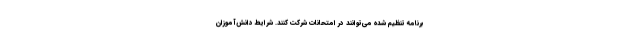
برنامه تنظیم شده می‌توانند در امتحانات شرکت کنند. شرایط دانش‌آموزان